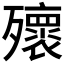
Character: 𣩹